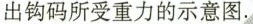
出钩码所受重力的示意图.